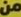
من